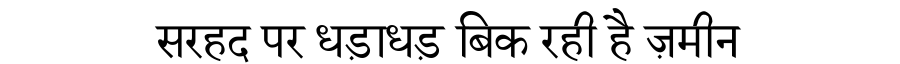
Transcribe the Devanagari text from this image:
सरहद पर धड़ाधड़ बिक रही है ज़मीन